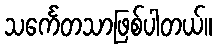
သင်္ကေတသာဖြစ်ပါတယ်။